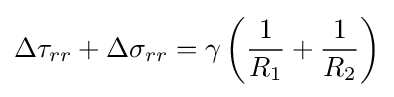
\Delta \tau _{rr}+\Delta \sigma _{rr}=\gamma \left({\frac {1}{R_{1}}}+{\frac {1}{R_{2}}}\right)